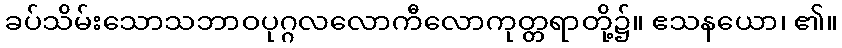
ခပ်သိမ်းသောသဘာဝပုဂ္ဂလလောကီလောကုတ္တရာတို့၌။ ဧသနယော၊ ၏။